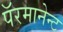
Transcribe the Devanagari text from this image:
पॅरमानेन्ट